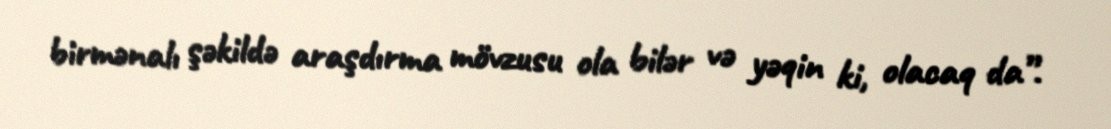
birmənalı şəkildə araşdırma mövzusu ola bilər və yəqin ki, olacaq da”.